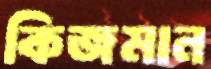
কিজমান